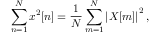
\sum _ { n = 1 } ^ { N } { x ^ { 2 } [ n ] } = { \frac { 1 } { N } } \sum _ { m = 1 } ^ { N } \left| X [ m ] \right| ^ { 2 } ,